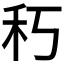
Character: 𥝑